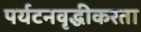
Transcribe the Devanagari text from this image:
पर्यटनवृद्धीकरता